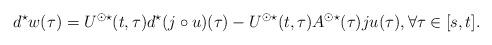
LaTeX: \begin{align*} d^\star w(\tau) = U^{\odot \star}(t,\tau)d^{\star}(j \circ u)(\tau) - U^{\odot \star}(t,\tau)A^{\odot \star}(\tau)ju(\tau), \forall \tau \in [s,t].\end{align*}